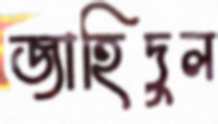
জাহিদুল